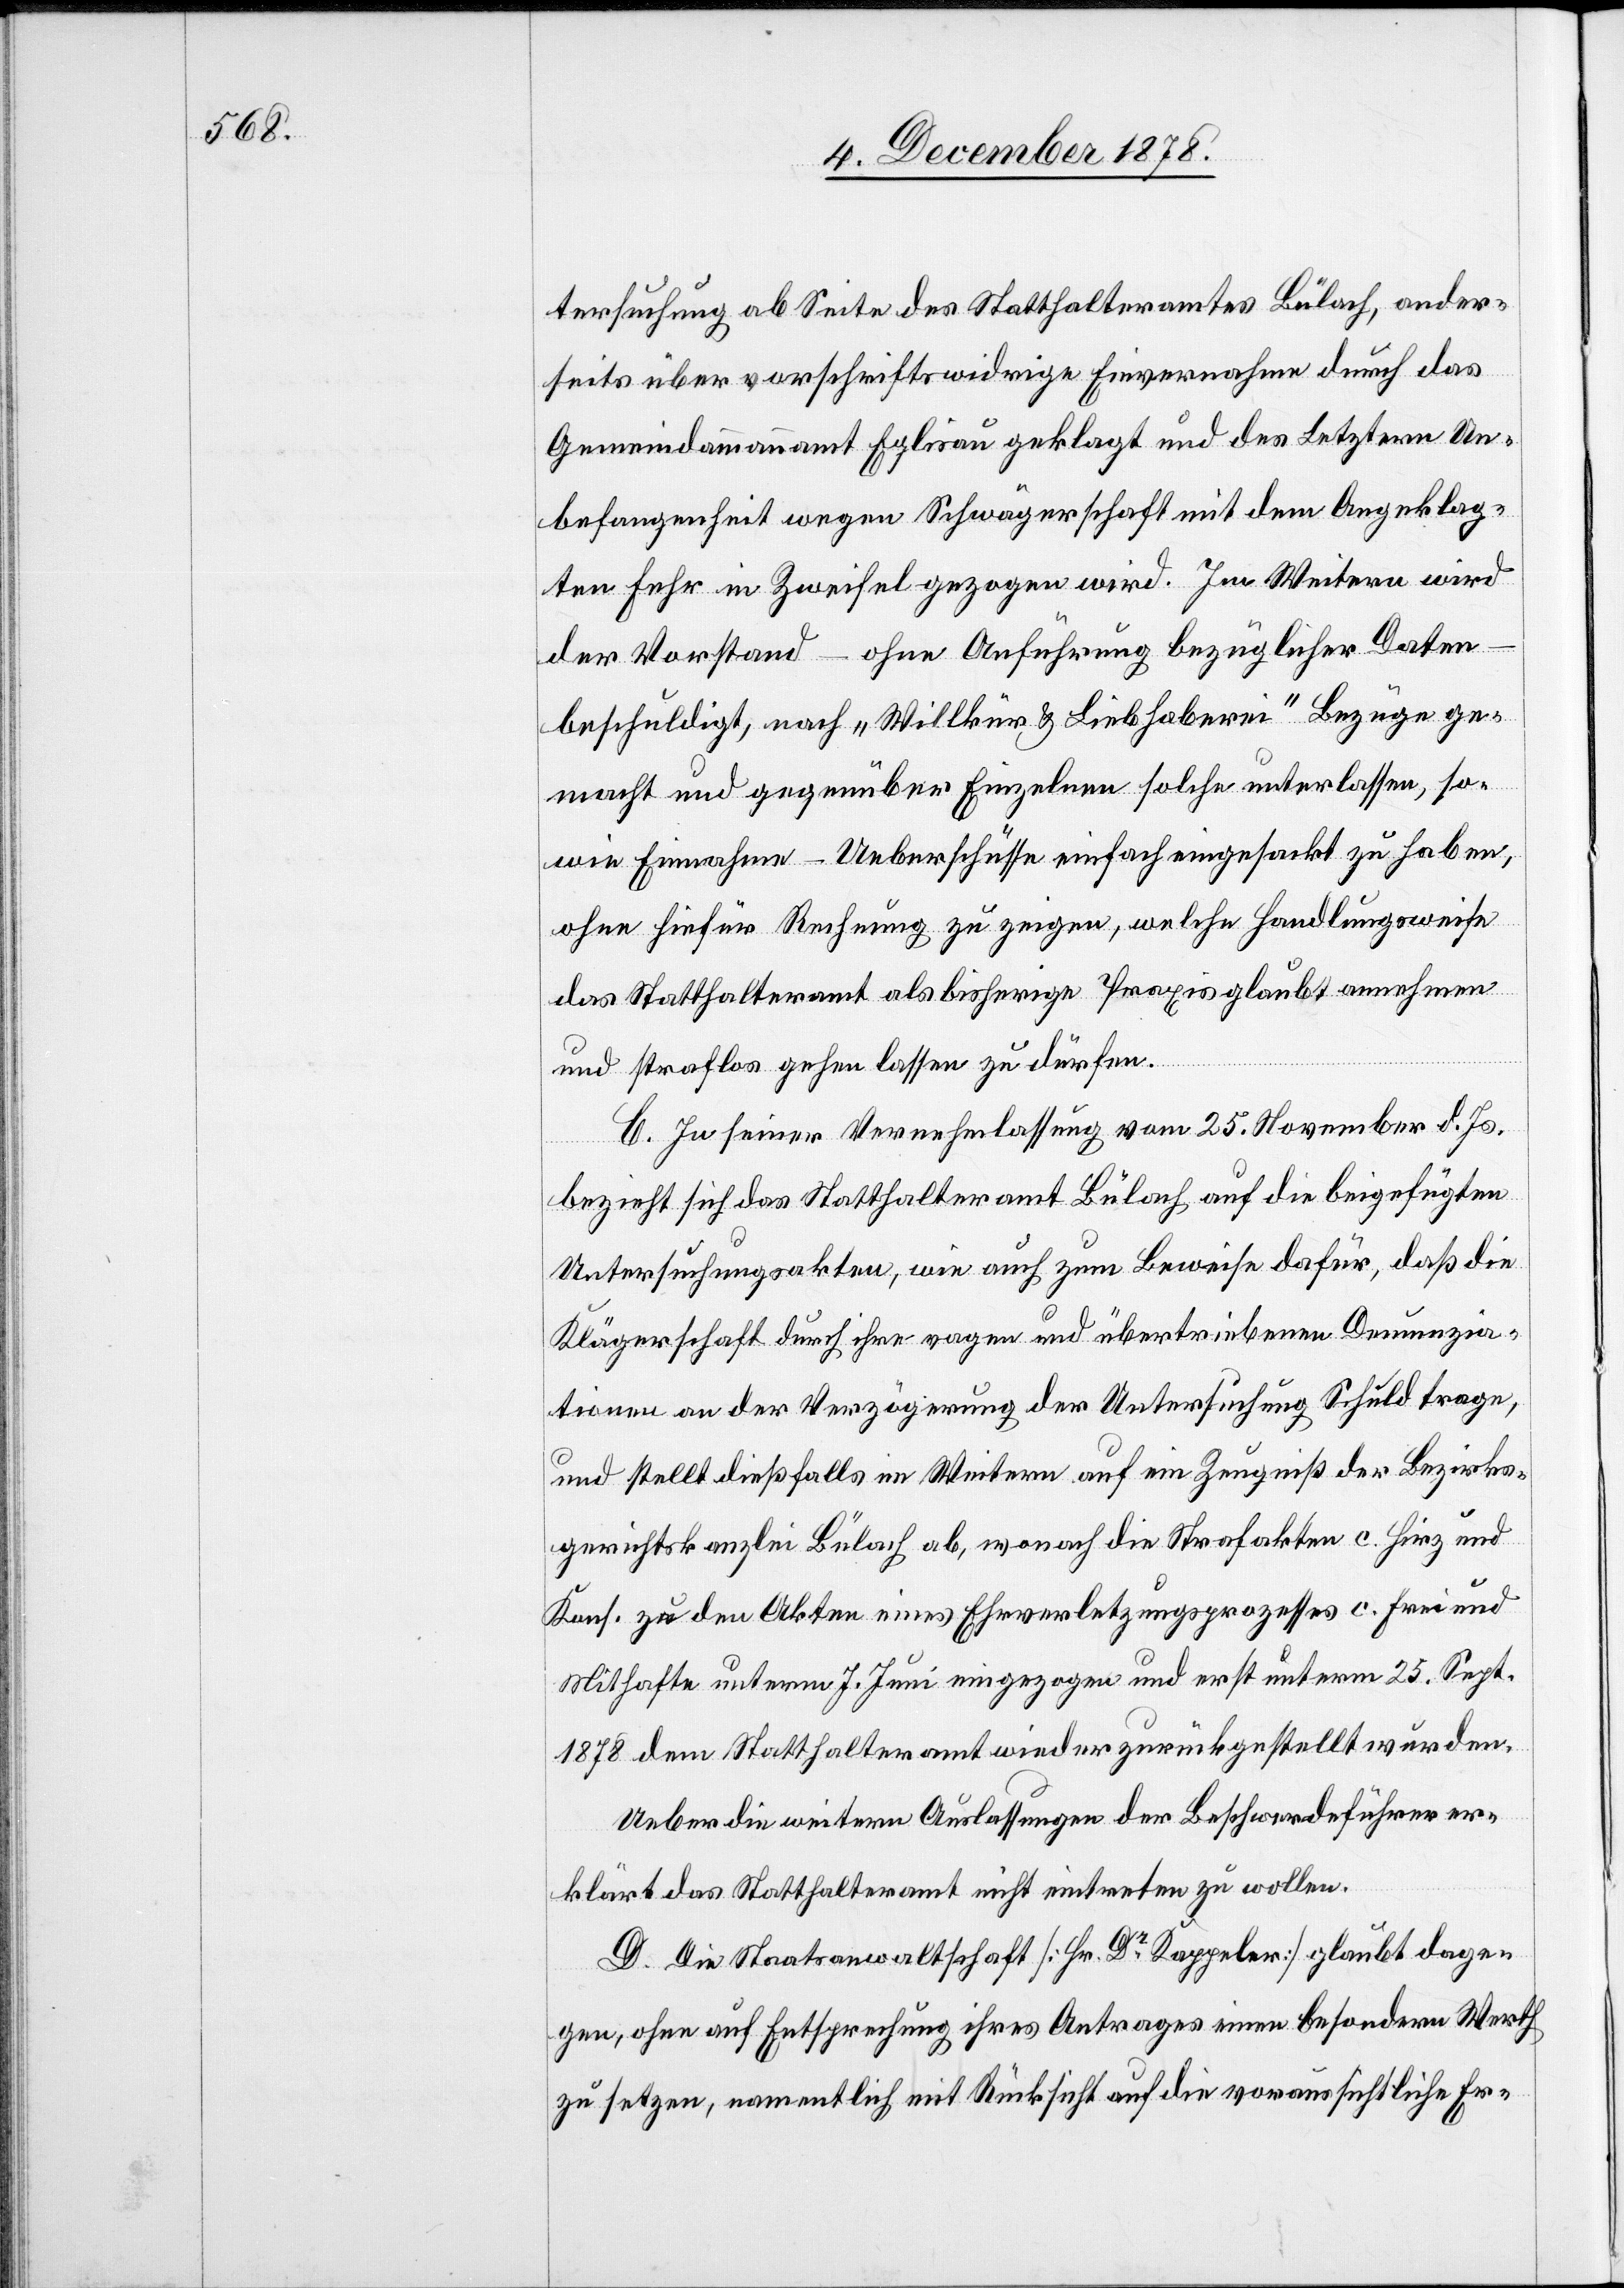
tersuchung ab Seite des Statthalteramtes Bülach, ander¬
seits über vorschriftswidrige Einvernahme durch das
Gemeindammannamt Eglisau geklagt und des Letztern Un¬
befangenheit wegen Schwägerschaft mit dem Angeklag¬
ten Fehr in Zweifel gezogen wird. Im Weitern wird
der Vorstand – ohne Anführung bezüglicher Daten
beschuldigt, nach „Willkür & Liebhaberei“ Bezüge ge¬
macht und gegenüber Einzelnen solche unterlassen, so¬
wie Einnahme-Ueberschüsse einfach eingesackt zu haben,
ohne hiefür Rechnung zu zeigen, welche Handlungsweise
das Statthalteramt als bisherige Praxis glaubt annehmen
und straflos gehen lassen zu dürfen.
C. In seiner Vernehmlassung vom 25. November d. Js.
bezieht sich das Statthalteramt Bülach auf die beigefügten
Untersuchungsakten, wie auch zum Beweise dafür, daß die
Klägerschaft durch ihre vagen und übertriebenen Denunzia¬
tionen an der Verzögerung der Untersuchung Schuld trage,
und stellt dießfalls im Weitern auf ein Zeugniß der Bezirks¬
gerichtskanzlei Bülach ab, wonach die Strafakten c. Hirz und
Kons. zu den Akten eines Ehrverletzungsprozesses c. Frei und
Mithafte unterm 7. Juni eingezogen und erst unterm 25. Sept.
1878 dem Statthalteramt wieder zurückgestellt wurden.
Ueber die weitern Auslassungen der Beschwerdeführer er¬
klärt das Statthalteramt nicht eintreten zu wollen.
D. Die Staatsanwaltschaft [Hr. Dr Kappeler] glaubt dage¬
gen, ohne auf Entsprechung ihres Antrages einen besondern Werth
zu setzen, namentlich mit Rücksicht auf die voraussichtliche Er-